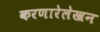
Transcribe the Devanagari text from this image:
करणारेलेखन